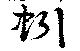
蚓